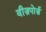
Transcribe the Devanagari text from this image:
वीज़पोर्ज़